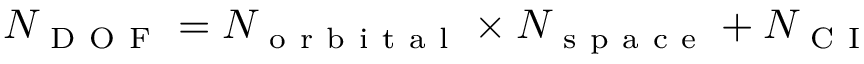
N _ { \mathrm { ~ D ~ O ~ F ~ } } = N _ { \mathrm { ~ o ~ r ~ b ~ i ~ t ~ a ~ l ~ } } \times N _ { \mathrm { ~ s ~ p ~ a ~ c ~ e ~ } } + N _ { \mathrm { ~ C ~ I ~ } }